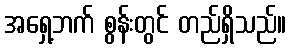
အရှေ့ဘက် စွန်းတွင် တည်ရှိသည်။